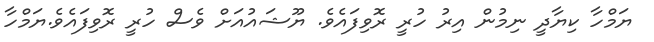
ޔަމްހާ ކިޔާދީ ނިމުން އިރު ހުރީ ރޮވިފައެވެ. ޔޫޝައުއަށް ވެސް ހުރީ ރޮވިފައެވެ.ޔަމްހާ